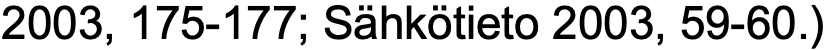
2003, 175-177; Sähkötieto 2003, 59-60.)